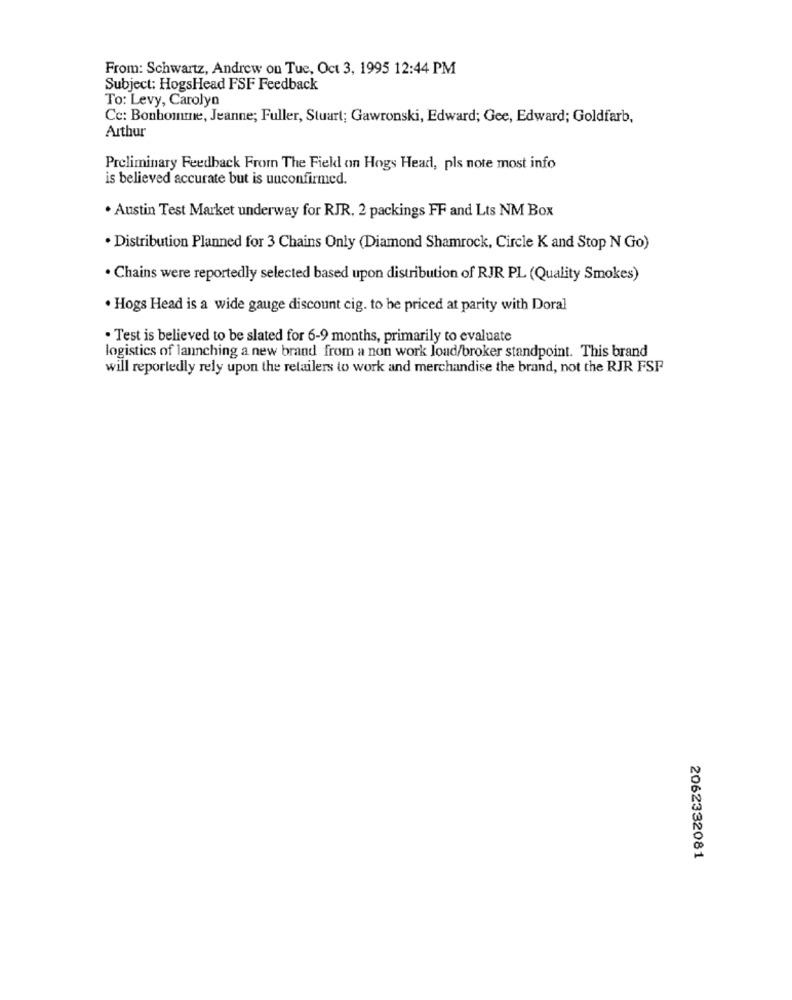
From: Schwartz, Andrew on Tue, Oct 3, 1995 12:44 PM
Subject: HogsHead FSF Feedback
To: Levy, Carolyn
Cc: Bonhomme, Jeanne; Fuller, Stuart; Gawronski, Edward; Gee, Edward; Goldfarb,
Arthur
Preliminary Feedback From The Field on Hogs Head, pls note most info
is believed accurate but is unconfirmed.
. Austin Test Market underway for RJR, 2 packings FF and Lts NM Box
. Distribution Planned for 3 Chains Only (Diamond Shamrock, Circle K and Stop N Go)
. Chains were reportedly selected based upon distribution of RJR PL (Quality Smokes)
. Hogs Head is a wide gauge discount cig. to be priced at parity with Doral
· Test is believed to be slated for 6-9 months, primarily to evaluate
logistics of launching a new brand from a non work load/broker standpoint. This brand
will reportedly rely upon the retailers to work and merchandise the brand, not the RJR FSP
2062332081